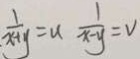
\frac { 1 } { x + y } = u \frac { 1 } { x - y } = v